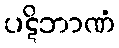
ပဋိဘာဏံ